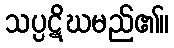
သပ္ပဋိဃမည်၏။